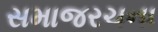
સમાજરચના